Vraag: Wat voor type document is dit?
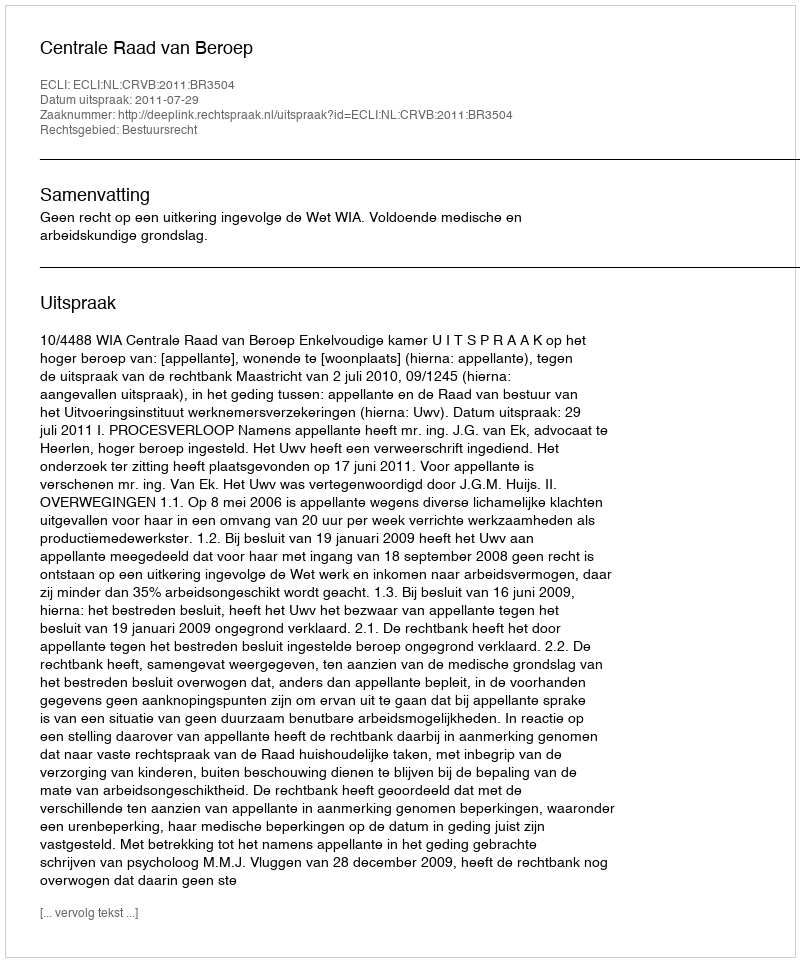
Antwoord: Uitspraak